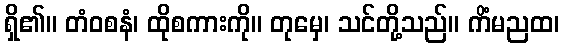
ရှိ၏။ တံဝစနံ၊ ထိုစကားကို။ တုမှေ၊ သင်တို့သည်။ ကိံမညထ၊